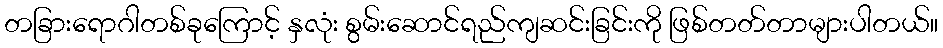
တခြားရောဂါတစ်ခုကြောင့် နှလုံး စွမ်းဆောင်ရည်ကျဆင်းခြင်းကို ဖြစ်တတ်တာများပါတယ်။